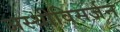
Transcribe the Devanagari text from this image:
अस्थीविसर्जन